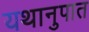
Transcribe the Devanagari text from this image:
यथानुपात